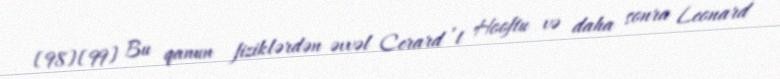
[98][99] Bu qanun fiziklərdən əvvəl Cerard ’t Hooftu və daha sonra Leonard